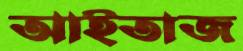
আইতাজ